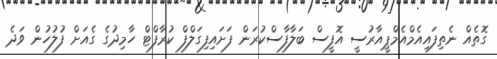
ގޮތެއް ނެތިފައިއެމްއެމްޕީއާރުސީ އޮފީސް ބަލާފާސްކުރަން ފަށައިފިގަލްފް ކުރާފްޓް ހާމިދުގެ ގެއަށް ފުލުހުން ވަދެ